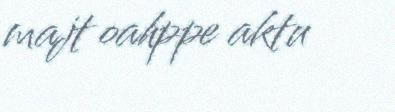
majt oahppe aktu